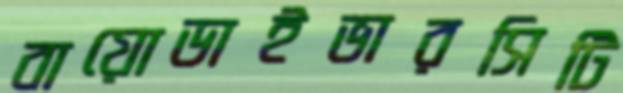
বায়োডাইভারসিটি